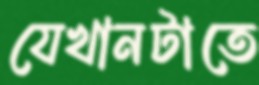
যেখানটাতে